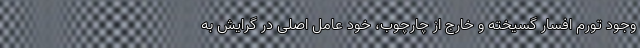
وجود تورم افسار گسیخته و خارج از چارچوب، خود عامل اصلی در گرایش به